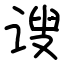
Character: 𫍲